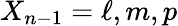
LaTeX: X_{n-1}=\ell,m,p